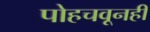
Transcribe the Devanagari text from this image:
पोहचवूनही